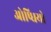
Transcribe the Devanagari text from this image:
ओष्धियो